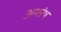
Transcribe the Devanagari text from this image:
अमरंथ